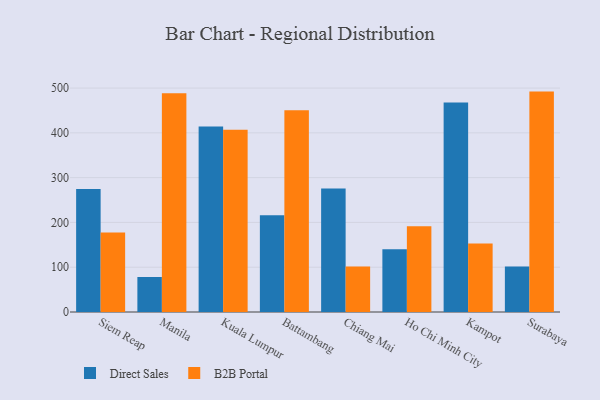
{"axis": {"x": "City", "y": "Net Income (USD K)"}, "legend": ["B2B Portal", "Direct Sales"], "data": [{"x": "Siem Reap", "y": 274.9, "type": "Direct Sales"}, {"x": "Siem Reap", "y": 177.4, "type": "B2B Portal"}, {"x": "Manila", "y": 78.2, "type": "Direct Sales"}, {"x": "Manila", "y": 488.5, "type": "B2B Portal"}, {"x": "Kuala Lumpur", "y": 414.2, "type": "Direct Sales"}, {"x": "Kuala Lumpur", "y": 407.0, "type": "B2B Portal"}, {"x": "Battambang", "y": 216.1, "type": "Direct Sales"}, {"x": "Battambang", "y": 450.6, "type": "B2B Portal"}, {"x": "Chiang Mai", "y": 275.5, "type": "Direct Sales"}, {"x": "Chiang Mai", "y": 101.7, "type": "B2B Portal"}, {"x": "Ho Chi Minh City", "y": 140.3, "type": "Direct Sales"}, {"x": "Ho Chi Minh City", "y": 191.5, "type": "B2B Portal"}, {"x": "Kampot", "y": 467.8, "type": "Direct Sales"}, {"x": "Kampot", "y": 153.0, "type": "B2B Portal"}, {"x": "Surabaya", "y": 101.7, "type": "Direct Sales"}, {"x": "Surabaya", "y": 492.1, "type": "B2B Portal"}]}